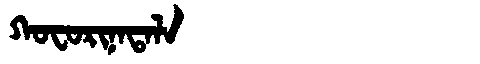
Manchu: ᡴᠣᠸᠣᡵᡳᠨᠠᡨᠠᠯᠠ
Romanization: KOFORINATALA